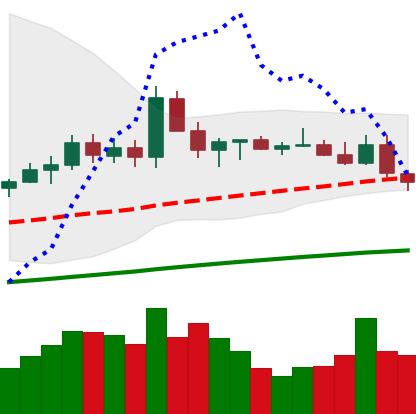
Ticker: ETC-USD
Chart end date: 2021-03-25
Forward return: 16.799%
Label: up_7plus